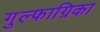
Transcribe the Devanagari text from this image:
गुल्फाग्रिका